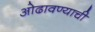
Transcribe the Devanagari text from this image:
ओढावण्याची